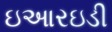
ઇઆરઇડી